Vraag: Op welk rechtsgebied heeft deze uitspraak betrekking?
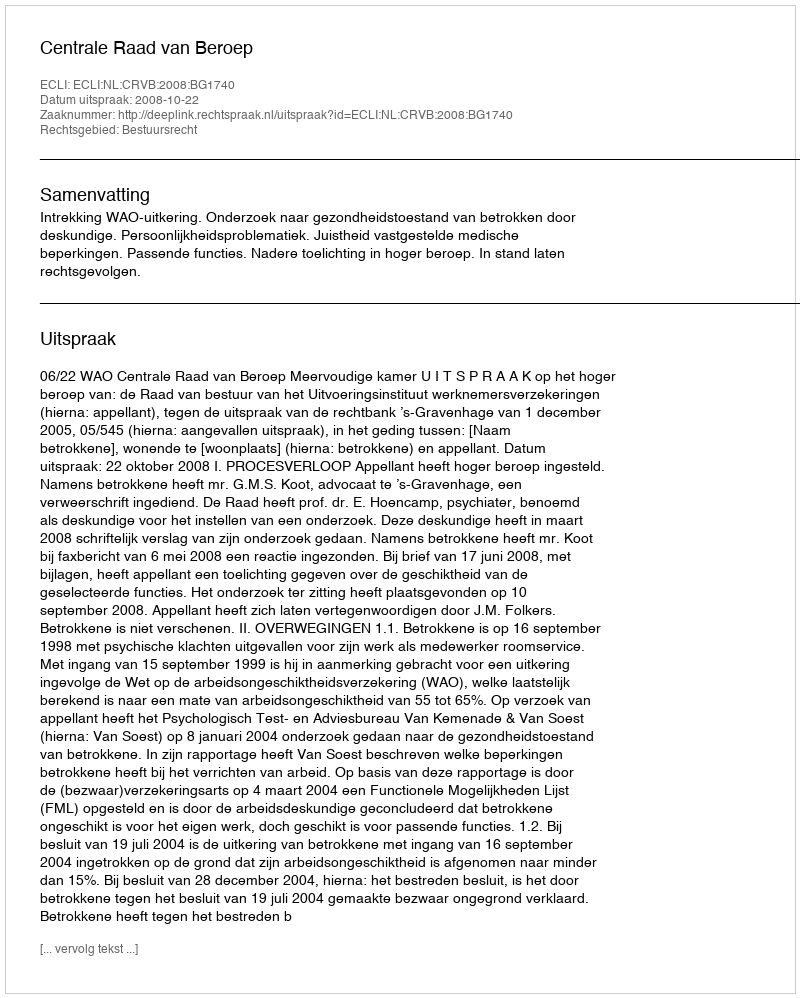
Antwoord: Bestuursrecht